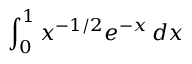
\int _ { 0 } ^ { 1 } x ^ { - 1 / 2 } e ^ { - x } \, d x